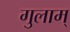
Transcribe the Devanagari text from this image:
गुलाम्